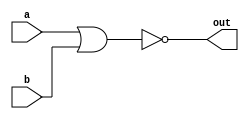
module top_module( 
    input a, 
    input b, 
    output out );
    
    wire c;
    assign c = a | b;
    assign out = ~c;

endmodule